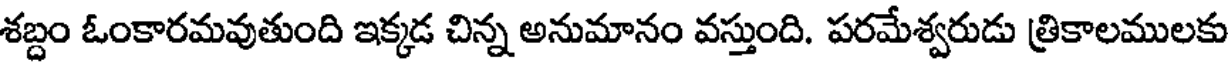
శబ్దం ఓంకారమవుతుంది ఇక్కడ చిన్న అనుమానం వస్తుంది. పరమేశ్వరుడు త్రికాలములకు